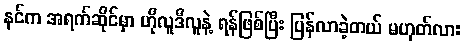
နင်က အရက်ဆိုင်မှာ ဟိုလူဒီလူနဲ့ ရန်ဖြစ်ပြီး ပြန်လာခဲ့တယ် မဟုတ်လား